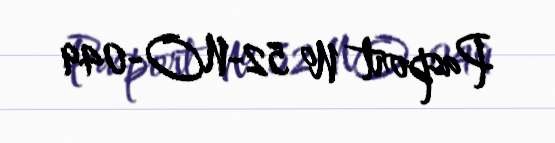
Pasport № 52-NO-049